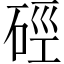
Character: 硜